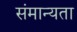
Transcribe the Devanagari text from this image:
संमान्यता